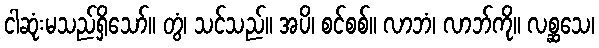
ငါဆုံးမသည်ရှိသော်။ တွံ၊ သင်သည်။ အပိ၊ စင်စစ်။ လာဘံ၊ လာဘ်ကို။ လစ္ဆသေ၊